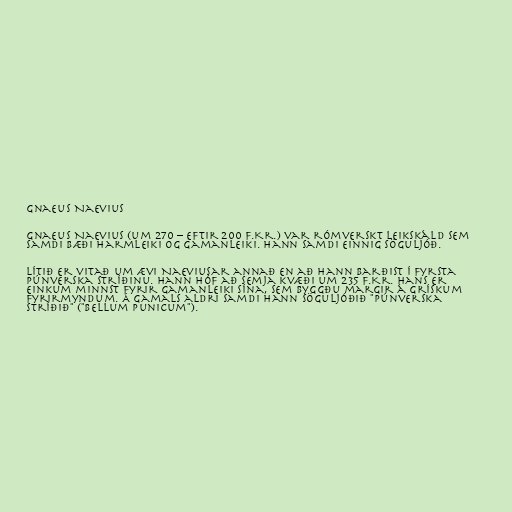
Gnaeus Naevius

Gnaeus Naevius (um 270 – eftir 200 f.Kr.) var rómverskt leikskáld sem
samdi bæði harmleiki og gamanleiki. Hann samdi einnig söguljóð.

Lítið er vitað um ævi Naeviusar annað en að hann barðist í fyrsta
púnverska stríðinu. Hann hóf að semja kvæði um 235 f.Kr. Hans er
einkum minnst fyrir gamanleiki sína, sem byggðu margir á grískum
fyrirmyndum. Á gamals aldri samdi hann söguljóðið "Púnverska
stríðið" ("Bellum Punicum").